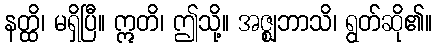
နတ္ထိ၊ မရှိပြီ။ ဣတိ၊ ဤသို့။ အဇ္ဈဘာသိ၊ ရွတ်ဆို၏။